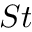
S t